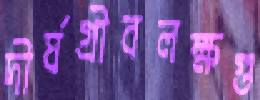
দীর্ঘগ্রীবলক্ষগু